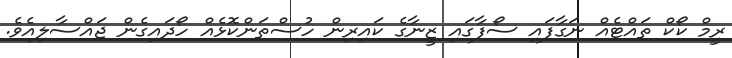
ރީމް ކޯކް ތައްޓެއް ނަގާފައި ސޯފާގައި ޒީނާގެ ކައިރިން ހުސްތަންކޮޅެއް ހޯދައިގެން ޖައްސާލިއެވެ.